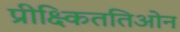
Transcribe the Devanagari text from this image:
प्रीक्ष्किततिओन